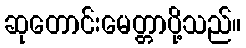
ဆုတောင်းမေတ္တာပို့သည်။